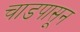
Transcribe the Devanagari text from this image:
चाडपासून